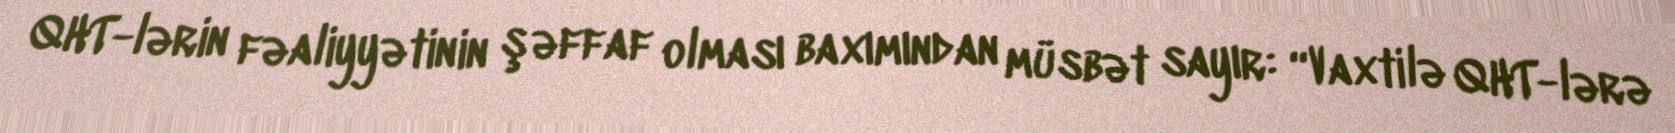
QHT-lərin fəaliyyətinin şəffaf olması baxımından müsbət sayır: “Vaxtilə QHT-lərə